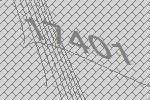
17401